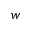
w